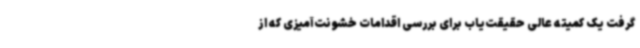
گرفت یک کمیته عالی حقیقت‌یاب برای بررسی اقدامات خشونت‌آمیزی که از